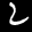
Label: 2